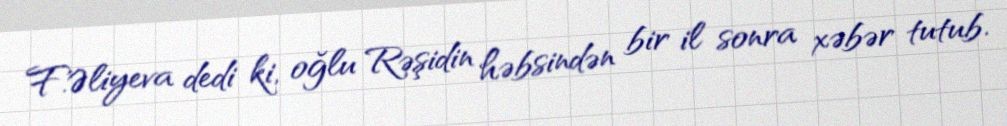
F.Əliyeva dedi ki, oğlu Rəşidin həbsindən bir il sonra xəbər tutub.